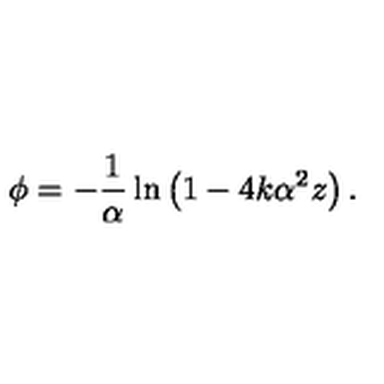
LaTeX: \phi = - \frac { 1 } { \alpha } \ln \left( 1 - 4 k \alpha ^ { 2 } z \right) .